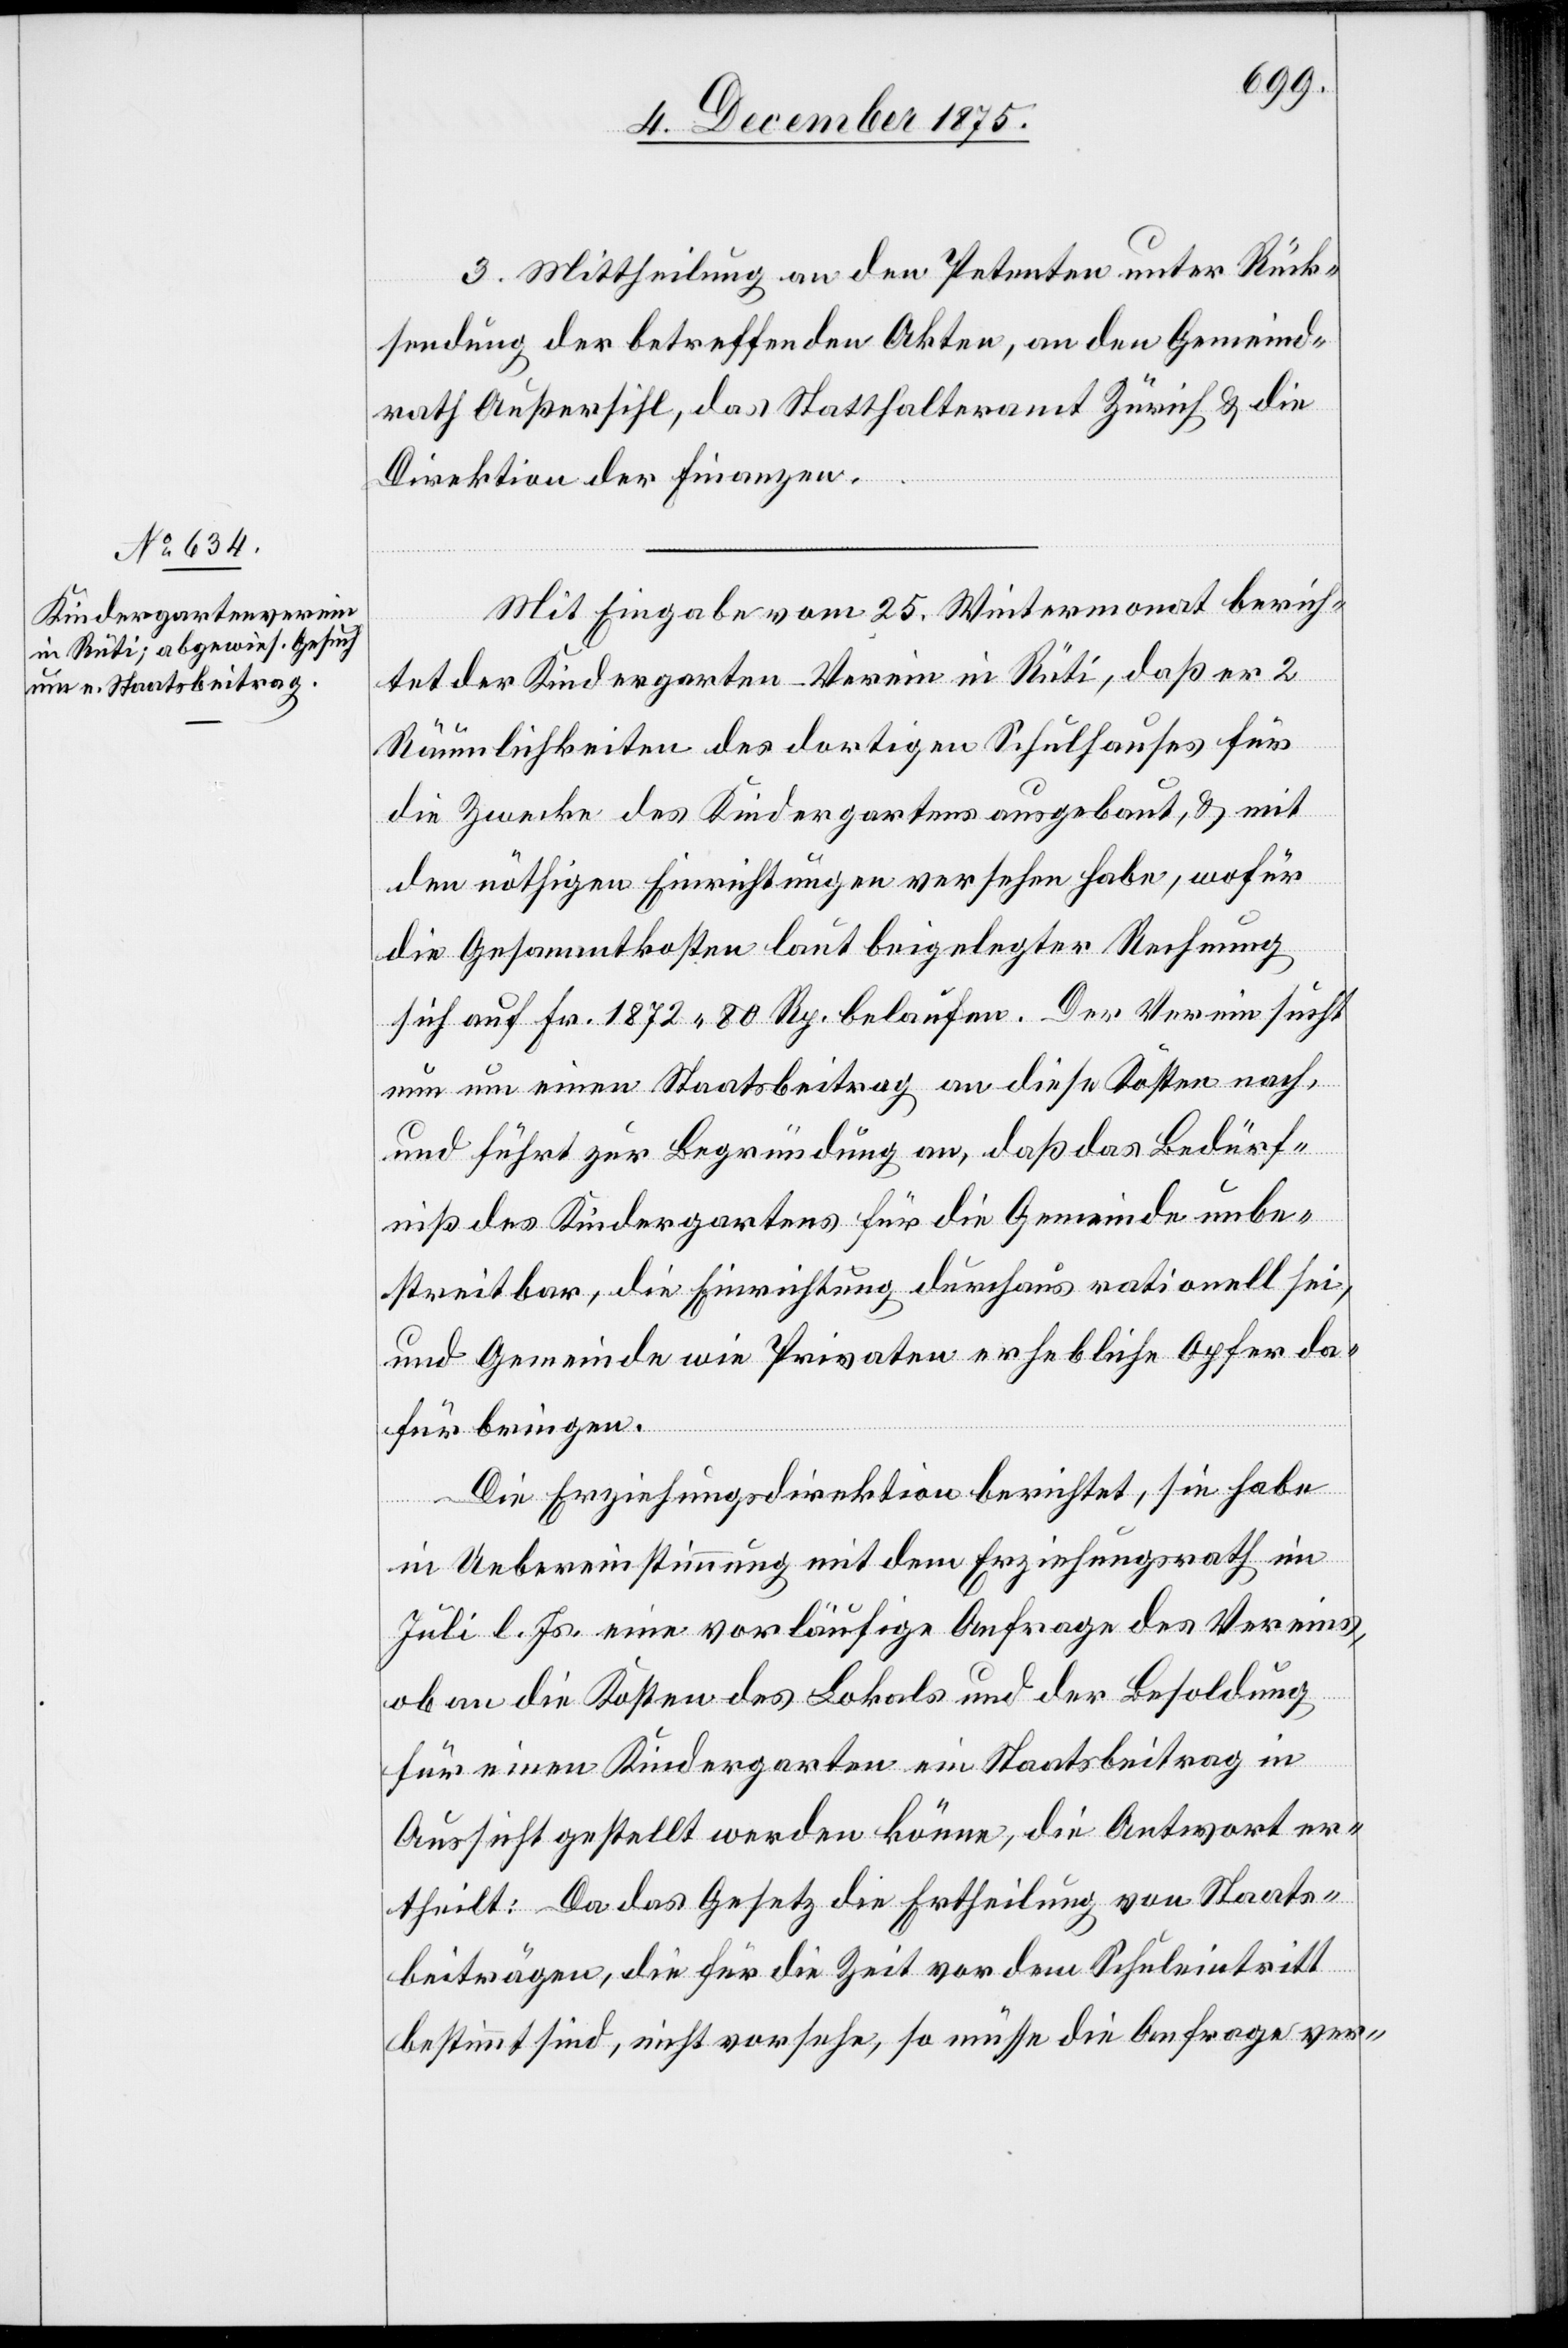
Mit Eingabe vom 2. Wintermonat berich¬
tet der Kindergarten-Verein in Rüti, daß er 2
Räumlichkeiten des dortigen Schulhauses für
die Zwecke des Kindergartens ausgebaut, & mit
den nöthigen Einrichtungen versehen habe, wofür
die Gesammtkosten laut beigelegter Rechnung
sich auf Fr. 1872 80 Rp. belaufen. Der Verein sucht
nun um einen Staatsbeitrag an diese Kosten nach,
und führt zur Begründung an, daß das Bedürf¬
niß des Kindergartens für die Gemeinde unbe¬
streitbar, die Einrichtung durchaus rationell sei,
und Gemeinde wie Privaten erhebliche Opfer da¬
für bringen.
Die Erziehungsdirektion berichtet, sie habe
in Uebereinstimmung mit dem Erziehungsrath im
Juli l. Js. eine vorläufige Anfrage des Vereins,
ob an die Kosten des Lokals und der Besoldung
für einen Kindergarten ein Staatsbeitrag in
Aussicht gestellt werden könne, die Antwort er¬
theilt: Da das Gesetz die Ertheilung von Staats¬
beiträgen, die für die Zeit vor dem Schuleintritt
bestimmt sind, nicht vorsehe, so müsse die Anfrage ver-